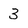
Character: 3